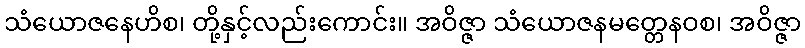
သံယောဇနေဟိစ၊ တို့နှင့်လည်းကောင်း။ အဝိဇ္ဇာ သံယောဇနမတ္တေနဝစ၊ အဝိဇ္ဇာ